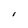
Character: l